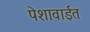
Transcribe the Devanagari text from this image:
पेशावाईत